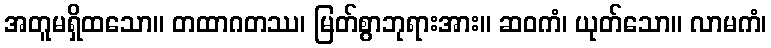
အတူမရှိထသော။ တထာဂတဿ၊ မြတ်စွာဘုရားအား။ ဆဝကံ၊ ယုတ်သော။ လာမကံ၊